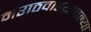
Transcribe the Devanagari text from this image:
मराठवाडय़ातल्या